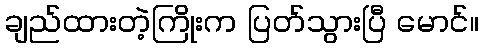
ချည်ထားတဲ့ကြိုးက ပြတ်သွားပြီ မောင်။